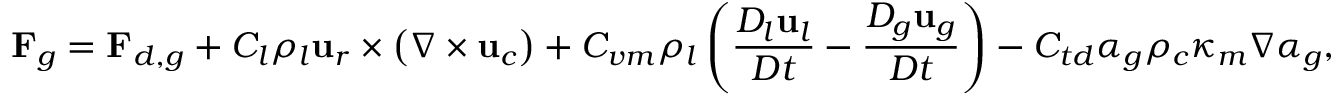
\mathbf { F } _ { g } = \mathbf { F } _ { d , g } + C _ { l } \rho _ { l } \mathbf { u } _ { r } \times \left( \nabla \times \mathbf { u } _ { c } \right) + C _ { v m } \rho _ { l } \left( \frac { D _ { l } \mathbf { u } _ { l } } { D t } - \frac { D _ { g } \mathbf { u } _ { g } } { D t } \right) - C _ { t d } \alpha _ { g } \rho _ { c } \kappa _ { m } \nabla \alpha _ { g } ,